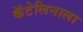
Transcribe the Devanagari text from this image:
कॅटेलिनाला